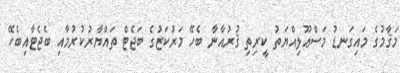
މަޤާމުގެ މައިގަނޑު މަސްޢޫލިއްޔަތު ކީރިތި ޤުރުއާނާ ބެހޭ މަރުކަޒުގެ ބަޖެޓް ތައްޔާރުކުރުމާއި ބެޖެޓާއިބެހޭ